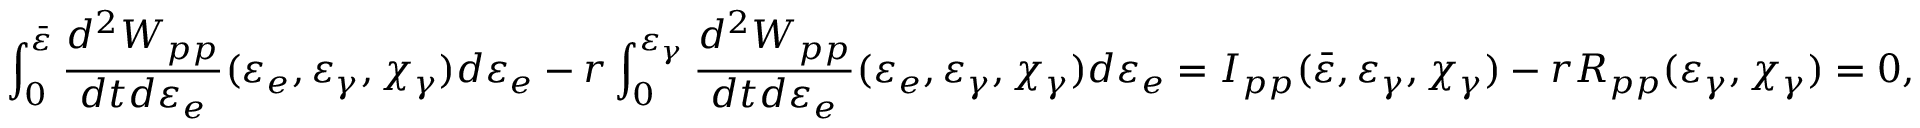
\int _ { 0 } ^ { \bar { \varepsilon } } \frac { d ^ { 2 } W _ { p p } } { d t d \varepsilon _ { e } } ( \varepsilon _ { e } , \varepsilon _ { \gamma } , \chi _ { \gamma } ) d \varepsilon _ { e } - r \int _ { 0 } ^ { \varepsilon _ { \gamma } } \frac { d ^ { 2 } W _ { p p } } { d t d \varepsilon _ { e } } ( \varepsilon _ { e } , \varepsilon _ { \gamma } , \chi _ { \gamma } ) d \varepsilon _ { e } = I _ { p p } ( \bar { \varepsilon } , \varepsilon _ { \gamma } , \chi _ { \gamma } ) - r R _ { p p } ( \varepsilon _ { \gamma } , \chi _ { \gamma } ) = 0 ,